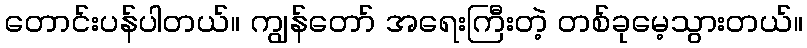
တောင်းပန်ပါတယ်။ ကျွန်တော် အရေးကြီးတဲ့ တစ်ခုမေ့သွားတယ်။